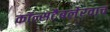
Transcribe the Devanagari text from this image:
कॉन्सटैबलेरवाच